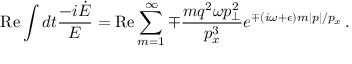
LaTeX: \mathrm { R e } \int d t \frac { - i \dot { E } } { E } = \mathrm { R e } \sum _ { m = 1 } ^ { \infty } \mp \frac { m q ^ { 2 } \omega p _ { \perp } ^ { 2 } } { p _ { x } ^ { 3 } } e ^ { \mp ( i \omega + \epsilon ) m | p | / p _ { x } } \, .